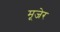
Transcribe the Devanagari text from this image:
मूजेर